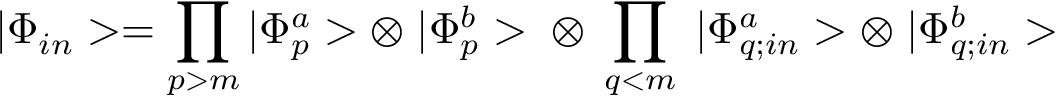
| \Phi _ { i n } > = \prod _ { p > m } | \Phi _ { p } ^ { a } > \otimes \; | \Phi _ { p } ^ { b } > \; \otimes \; \prod _ { q < m } \; | \Phi _ { q ; i n } ^ { a } > \otimes \; | \Phi _ { q ; i n } ^ { b } >